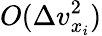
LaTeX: O(\Delta v_{x_{i}}^{2})